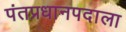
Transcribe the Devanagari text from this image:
पंतप्रधानपदाला